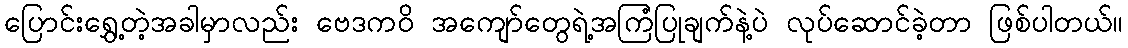
ပြောင်းရွှေ့တဲ့အခါမှာလည်း ဗေဒကဝိ အကျော်တွေရဲ့အကြံပြုချက်နဲ့ပဲ လုပ်ဆောင်ခဲ့တာ ဖြစ်ပါတယ်။